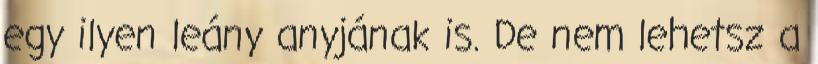
egy ilyen leány anyjának is. De nem lehetsz a